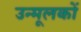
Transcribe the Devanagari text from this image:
उन्मूलकों